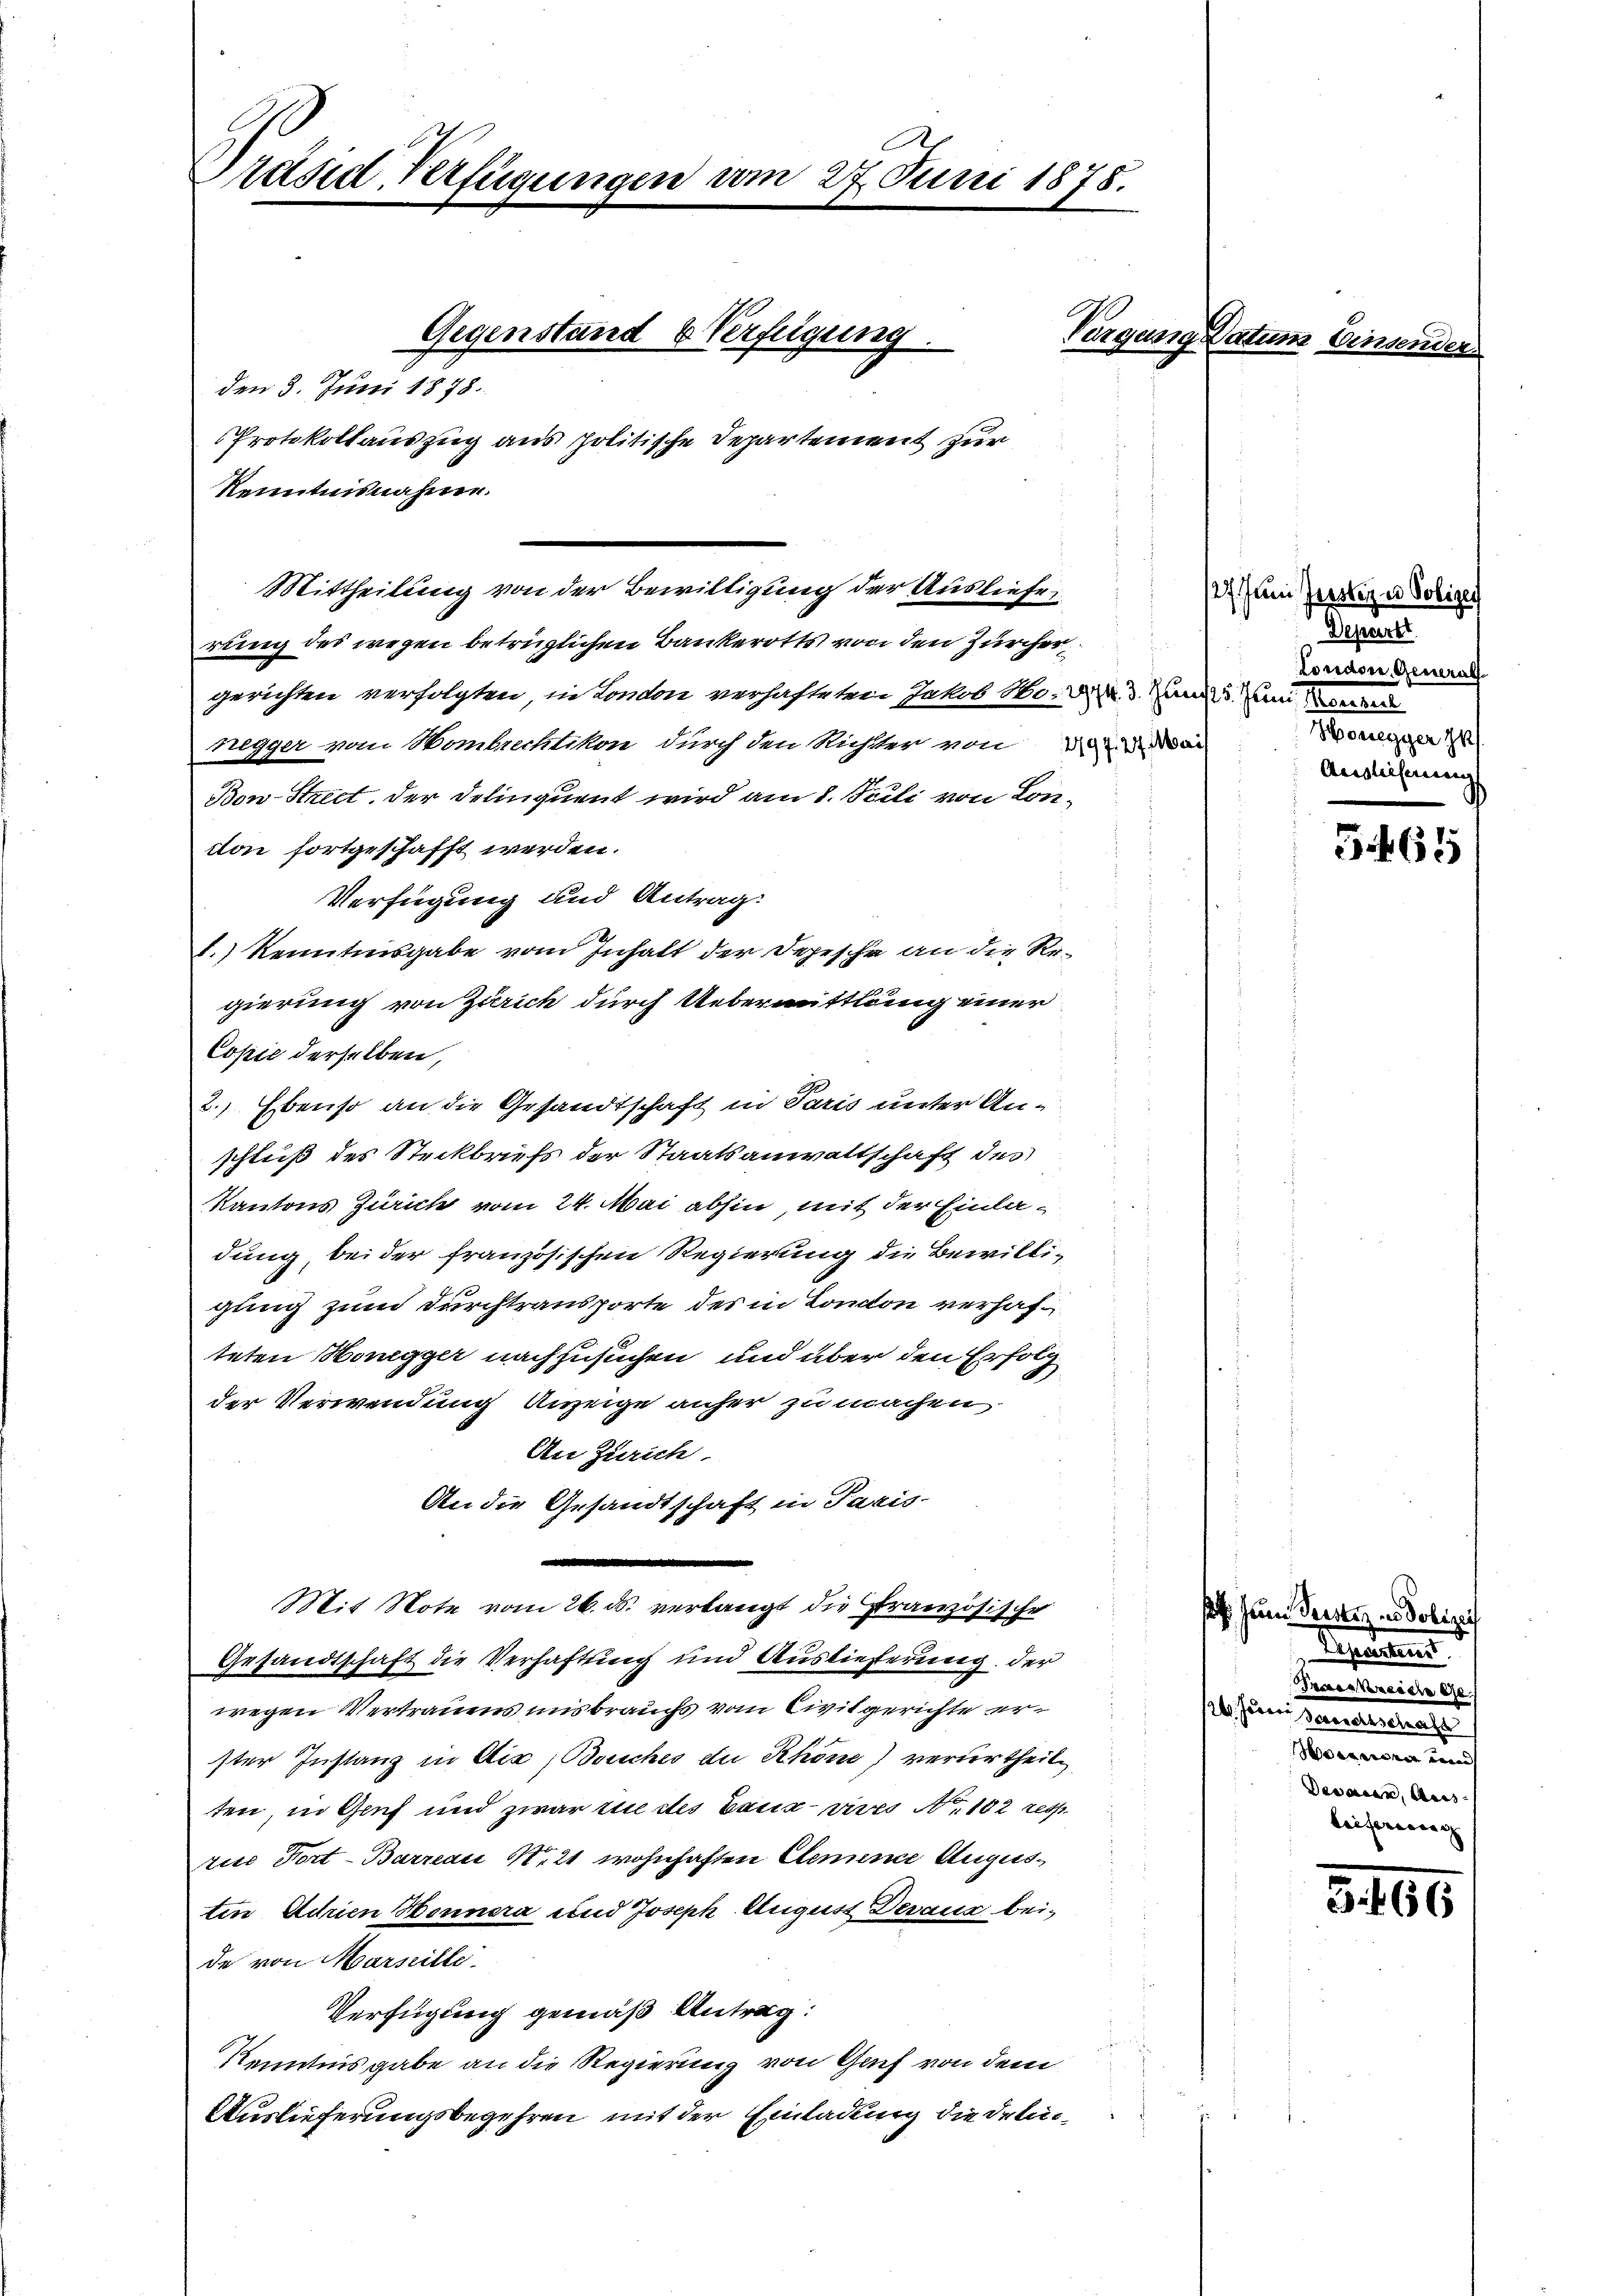
A
Präsid. Verfügungen am 27. Juni 1878.

don fortgeschafft werden.

Gegenstand & Verfügung.
Vergang Datum Einsender
Protokollauszug aus politische Departement zur

Mittheilung von der Bewilligung der Ausliefe,

den 3. Juni 1878
Renntnisnahmen.
rung des wegen betrüglichen Bankerotts von den Zürcher,
gerichten verfolgten, in London verhafteten Jakob No. 2. d. Janus, um werden
negger vom Hombrechtikon, durch den Richter von der
Bon-Street. Der Delinquent wird am 8. Seili von Con¬
Verfügung und Antrag:
.) Kenntnisgabe vom Inhalt der Depesche an die Regierung von Zürich durch Uebermittlung einer
Copie derselben,
2., Ebenso an die Gesandtschaft in Paris unter Anschluß des Steckbriefs der Staatsanwaltschaft des
Kantons Zürich vom 24. Mai abhin, mit der Einladung, bei der französischen Regierung die Bewilligung zum Durchtransporte der in London verhafteten Honegger nachzusuchen und über den Erfolg
der Verwendung Anzeige anher zu machen
An Zürich
An die Gesandtschaft in Paris-
Mit Note vom 26. ds. verlangt die Französische
Gesandtschaft die Verhaftung und Auslieferung der
wegen Vertrauens uns brauchs vom Civilgerichte erster Instanz in Dir Bouches du Khöne) vertertheil
ten, in Genf und zwar nie des Basis vives No 102 resp
rise Fort-Barreaić N. 21 wohnhaften Elenne Augus
ten Adrien Honnera und Joseph August Deraus bei-
de von Marseille.
Verfügung gemäß Antrag:
Kenntnisgabe an die Regierung von Gach von dem
Auslieferungsbegehren mit der Einladung die delei¬

27. Juni Jester es Polizei
Depart
tondere General
Honegger zu
Auslieferung

561)

s zum Seester in Polizeis
Reparten
Fraenkreich Ge
sethan Mannenlange
e
Devaren, Ausleiferung

3460